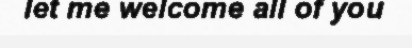
let me welcome all of you